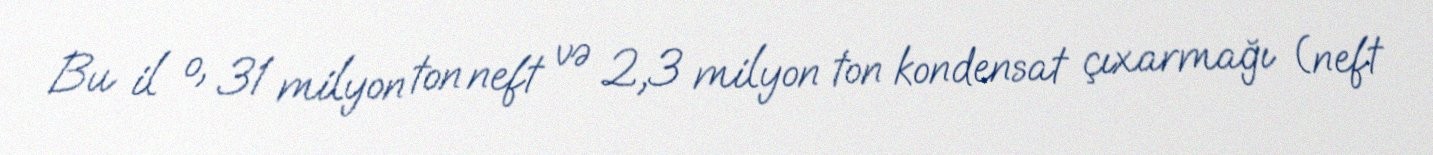
Bu il o, 31 milyon ton neft və 2,3 milyon ton kondensat çıxarmağı (neft